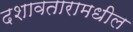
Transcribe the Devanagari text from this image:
दशावतारामधील